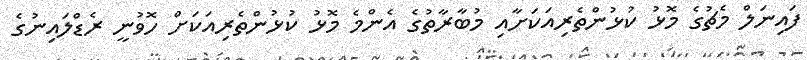
ފައިނަލް މެޗުގެ މޮޅު ކުޅުންތެރިއަކަށާއި މުބާރާތުގެ އެންމެ މޮޅު ކުޅުންތެރިއަކަށް ހޮވުނީ ރެޑްލައިނުގެ